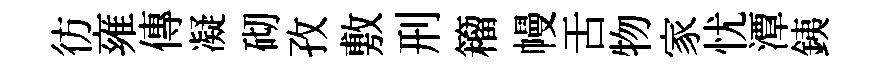
彷雍傳凝砌孜敷刑籕幔舌物家忧潭銕